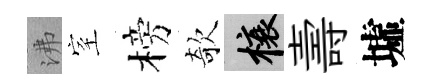
沸室榜欹榱壽墟